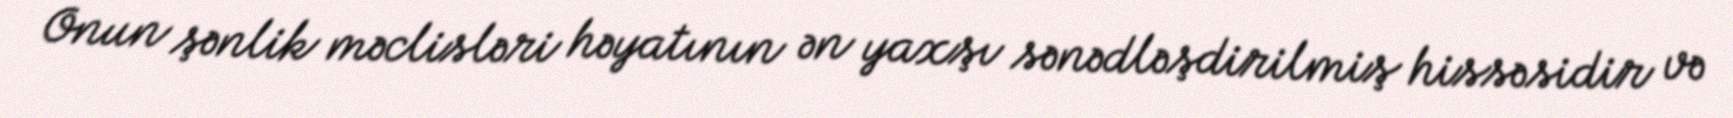
Onun şənlik məclisləri həyatının ən yaxşı sənədləşdirilmiş hissəsidir və